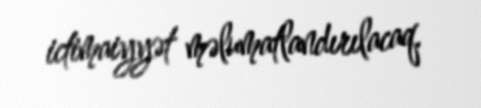
ictimaiyyət məlumatlandırılacaq.